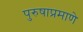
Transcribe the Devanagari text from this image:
पुरुषाप्रमाणे